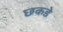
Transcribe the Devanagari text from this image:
छकडे